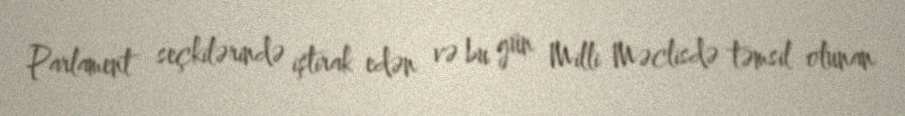
Parlament seçkilərində iştirak edən və bu gün Milli Məclisdə təmsil olunan